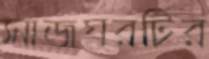
সাজঘরটির